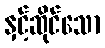
နှင့်ဆိုင်သော